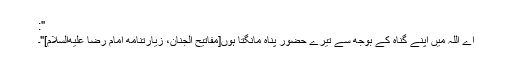
":
اے اللہ میں اپنے گناہ کے بوجھ سے تیرے حضور پناہ مانگتا ہوں[مفاتیح الجنان، زیارتنامه امام رضا علیه‌السلام]"۔